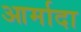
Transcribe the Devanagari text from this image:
आर्मादा